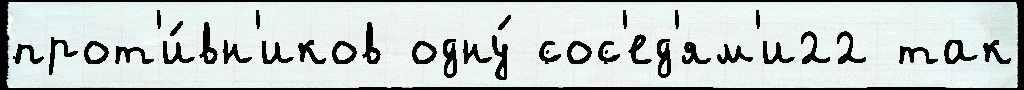
прот'и́вн'иков одну́ сос'ед'ям'и22 так